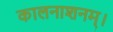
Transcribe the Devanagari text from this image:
कालनाशनम्।